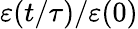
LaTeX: \varepsilon(t/\tau)/\varepsilon(0)